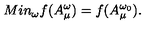
M i n _ { \omega } f ( A _ { \mu } ^ { \omega } ) = f ( A _ { \mu } ^ { \omega _ { 0 } } ) .